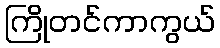
ကြိုတင်ကာကွယ်